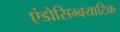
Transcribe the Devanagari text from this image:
एंडोसिम्बयाटिक